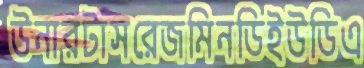
উনারটাসরেজমিনডিইউডিএ